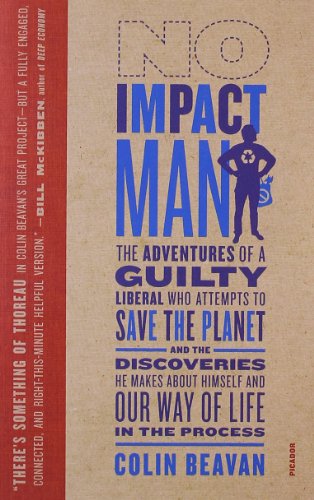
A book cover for No Impact Man: The Adventures of a Guilty Liberal Who Attempts to Save the Planet, and the Discoveries He Makes About Himself and Our Way of Life in the Process; Colin Beavan; Biographies & Memoirs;